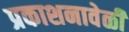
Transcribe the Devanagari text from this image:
प्रकाशनावेळी